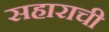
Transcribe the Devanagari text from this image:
सहाराची